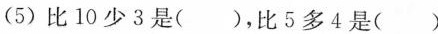
(5)比10少3是（），比5多4是（）